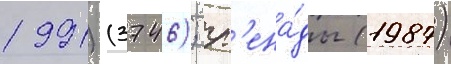
1991) (3746); гр'ена́ды (1987)